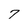
Character: 7